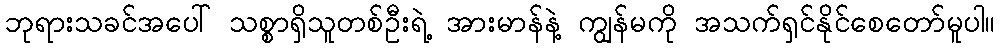
ဘုရားသခင်အပေါ် သစ္စာရှိသူတစ်ဦးရဲ့ အားမာန်နဲ့ ကျွန်မကို အသက်ရှင်နိုင်စေတော်မူပါ။